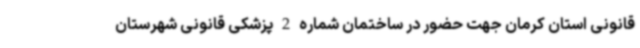
قانونی استان کرمان جهت حضور در ساختمان شماره 2 پزشکی قانونی شهرستان